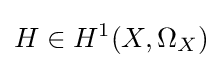
H\in H^{1}(X,\Omega _{X})